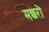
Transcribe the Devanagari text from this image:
मछरों